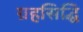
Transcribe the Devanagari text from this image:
ग्रहसिद्धि